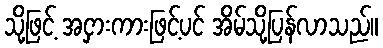
သို့ဖြင့် အငှားကားဖြင့်ပင် အိမ်သို့ပြန်လာသည်။